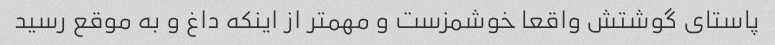
پاستای گوشتش واقعا خوشمزست و مهمتر از اینکه داغ و به موقع رسید